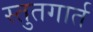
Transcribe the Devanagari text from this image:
स्तुतगार्त